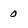
Character: 0